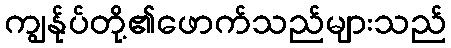
ကျွန်ုပ်တို့၏ဖောက်သည်များသည်